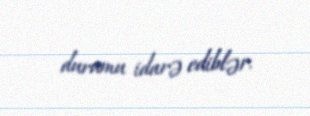
durumu idarə ediblər.